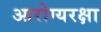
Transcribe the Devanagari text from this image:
आरोग्यरक्षा